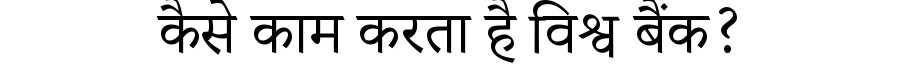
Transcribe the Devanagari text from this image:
कैसे काम करता है विश्व बैंक?